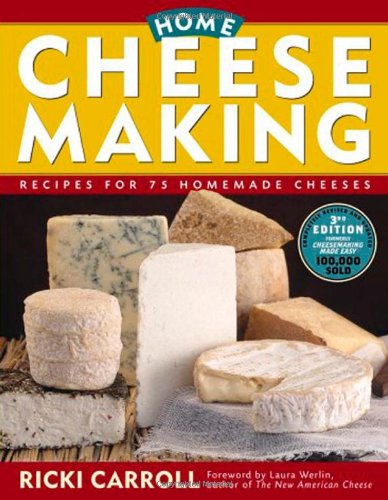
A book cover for Home Cheese Making: Recipes for 75 Homemade Cheeses; Ricki Carroll; Cookbooks, Food & Wine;